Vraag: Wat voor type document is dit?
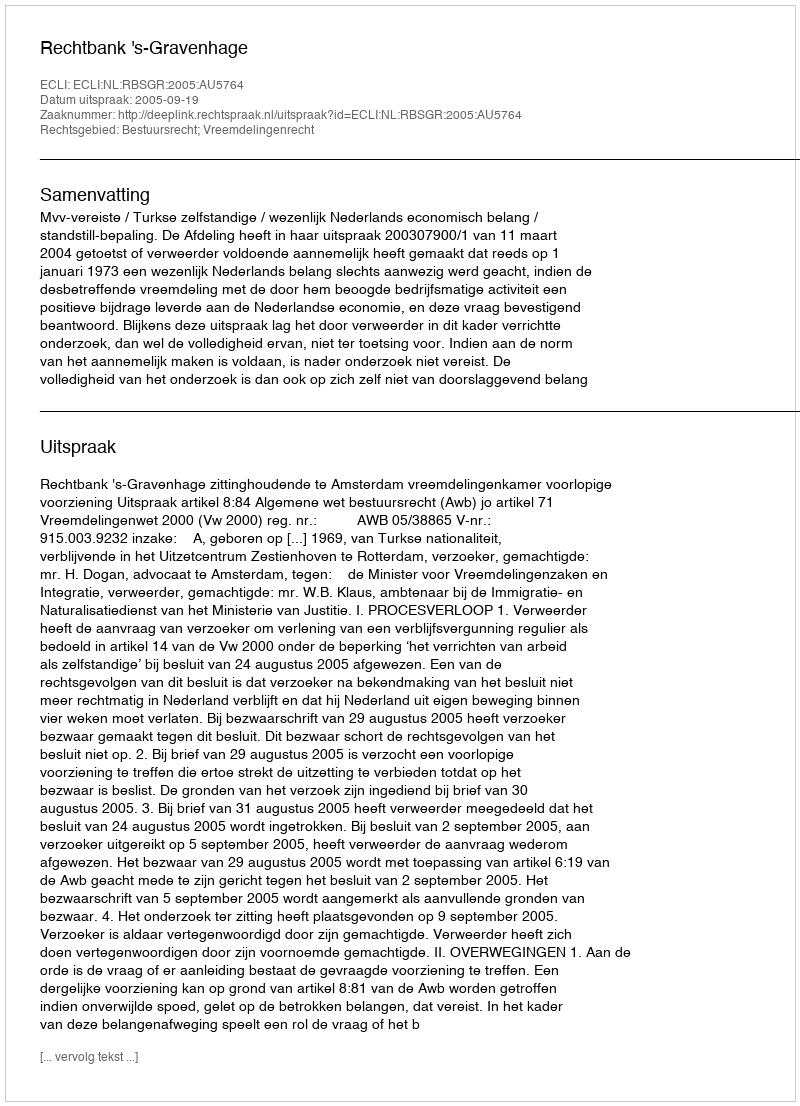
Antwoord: Uitspraak